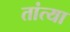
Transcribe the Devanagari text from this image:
तांत्‍या